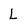
Character: L